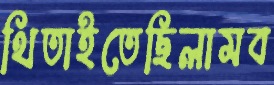
থিতাইতেছিলামব